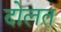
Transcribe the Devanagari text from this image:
दोलत